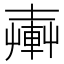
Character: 𨍔